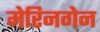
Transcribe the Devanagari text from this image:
मेरिनगेन